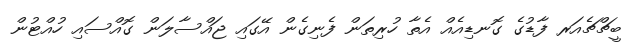
ބީޗްޗެއަރ ފާޑުގެ ގޮނޑިއެއް އެތާ ހުރިތަން ފެނިގެން އޭގައި ޖައްސާލަން ގޮއްސައި ހުއްޓުން